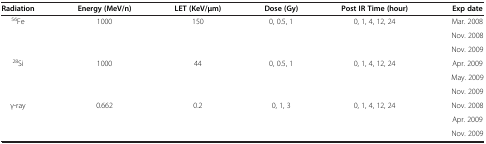
| Radiation | Energy (MeV/n) | LET (KeV/μm) | Dose (Gy) | Post IR Time (hour) | Exp date |
 | --- | --- | --- | --- | --- | --- |
 | <ROWSPAN=3> 56Fe | <ROWSPAN=3> 1000 | <ROWSPAN=3> 150 | <ROWSPAN=3> 0, 0.5, 1 | <ROWSPAN=3> 0, 1, 4, 12, 24 | Mar. 2008 |
 | Nov. 2008 |
 | Nov. 2009 |
 | <ROWSPAN=3> 28Si | <ROWSPAN=3> 1000 | <ROWSPAN=3> 44 | <ROWSPAN=3> 0, 0.5, 1 | <ROWSPAN=3> 0, 1, 4, 12, 24 | Apr. 2009 |
 | May. 2009 |
 | Nov. 2009 |
 | <ROWSPAN=3> γ-ray | <ROWSPAN=3> 0.662 | <ROWSPAN=3> 0.2 | <ROWSPAN=3> 0, 1, 3 | <ROWSPAN=3> 0, 1, 4, 12, 24 | Nov. 2008 |
 | Apr. 2009 |
 | Nov. 2009 |